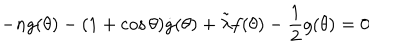
- n g ( \theta ) - ( 1 + \cos \theta ) \dot { g } ( \theta ) + \tilde { \lambda } f ( \theta ) - \frac { 1 } { 2 } g ( \theta ) = 0